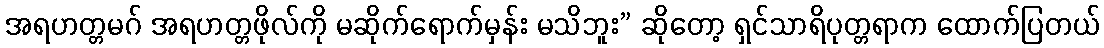
အရဟတ္တမဂ် အရဟတ္တဖိုလ်ကို မဆိုက်ရောက်မှန်း မသိဘူး” ဆိုတော့ ရှင်သာရိပုတ္တရာက ထောက်ပြတယ်